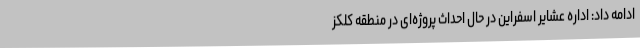
ادامه داد: اداره عشایر اسفراین در حال احداث پروژه‌ای در منطقه کلکز